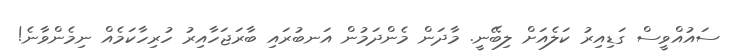
ސައުއްވީސް ގަޑިއިރު ކަލެއަށް ލިބޭނީ. މާދަން މެންދަމުން އަނބުރައި ބާރަޖަހާއިރު ހުރިހާކަމެއް ނިމެންވާނެ!